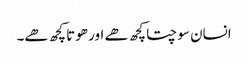
انسان سوچتا کچھ ھے اور ھوتا کچھ ھے۔